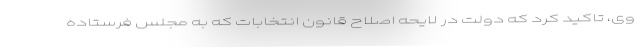
وی، تاکید کرد که دولت در لایحه اصلاح قانون انتخابات که به مجلس فرستاده